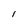
Character: 1